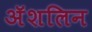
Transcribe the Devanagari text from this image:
अॅशलिन